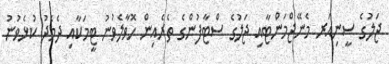
ޖަލުގެ ސީނިއަރ މެނޭޖްމަންޓާއި ޖަލުގެ ސްޓާފުންގެ ތެރެއިން ހޮވާލެވުނު ޓީމަކާއި ދެމެދު ކުޅެވުނު